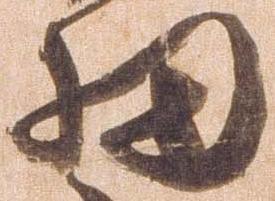
細